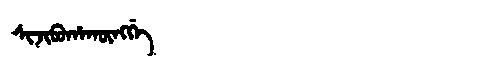
Manchu: ᠰᡳᠵᡳᠪᡠᡥᠠᡴᡡᠩᡤᡝ
Romanization: SIJIBUHAKŪNGGE